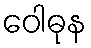
ဝေါဓုန